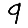
Digit: 9